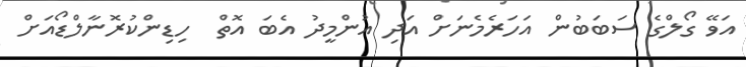
އަވޭ ގޯލްގެ ސަބަބުން އަހަރެމެނަށް އަދި އުންމީދު އެބަ އޮތް  ހިޑިންކުރޮނާލްޑޯއަށް